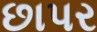
છાપર